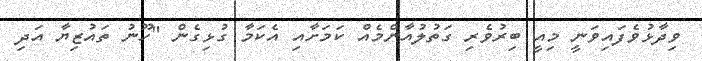
ވިދާޅުވެފައިވަނީ މިއީ ބިރުވެރި ގަތުލުއާންމެއް ކަމަށާއި އެކަމާ ގުޅިގެން "ހޫނު ތައުޒިޔާ އަދި